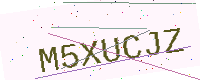
Text: M5XUCJZ